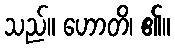
သည်။ ဟောတိ၊ ၏။